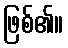
ဖြစ်၏။